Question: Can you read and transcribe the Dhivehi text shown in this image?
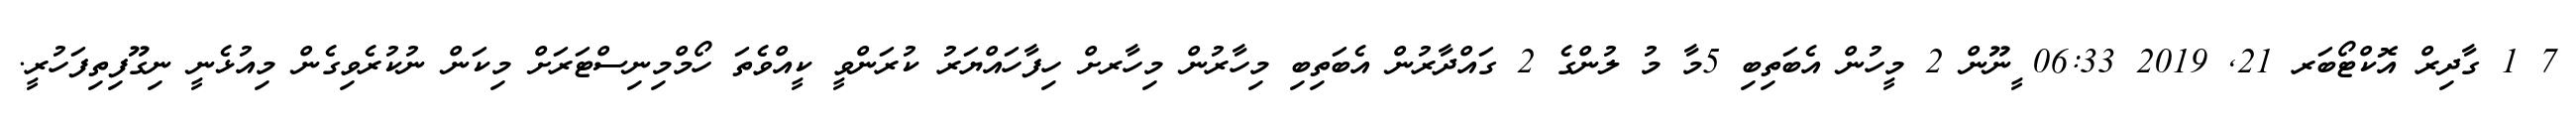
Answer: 7 1 ގާދިރް އޮކްޓޯބަރ 21, 2019 06:33 ީނޫން 2 މީހުން އެބަތިބި 5މާ މު ލުންގެ 2 ގައްދާރުން އެބަތިބި މިހާރުން މިހާރށް ހިފާހައްޔަރު ކުރަންވީ ކީއްވެތަ ހޯމްމިނިސްޓަރަށް މިކަން ނުކުރެވިގެން މިއުޅެނީ ނިގޫފިތިފަހުރީ.